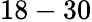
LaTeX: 18-30